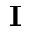
{ \bf I }